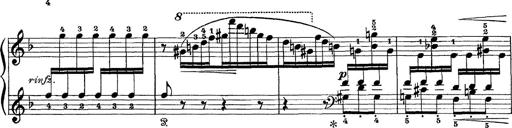
Title: Scherzo und Marsch
Composer: Franz Liszt